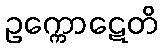
ဥက္ကောဋေတိ